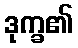
ဒုက္ခ၏